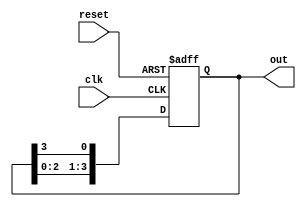
module ring_counter (
    input wire clk,        // Clock signal
    input wire reset,      // Asynchronous reset signal
    output reg [3:0] out   // Output of the counter
);

    // State transition logic for the ring counter
    always @(posedge clk or posedge reset) begin
        if (reset) begin
            // Asynchronous reset to State 0 (0001)
            out <= 4'b0001;
        end else begin
            // Shift the output left and wrap around the last bit
            out <= {out[2:0], out[3]}; // Rotate the bits
        end
    end

endmodule